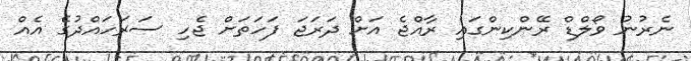
ނެރުނު ވޯލްޑް ރޭންކިންގައި ރާއްޖެ އަށް ދަރަޖަ ފަހަަތަށް ޖެހި ސަރަހައްދުގެ އެއް